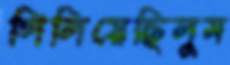
গিলিয়েছিলুম